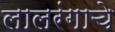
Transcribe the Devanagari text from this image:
लालरंगाचे